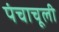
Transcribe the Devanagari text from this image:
पंचाचूली